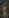
: